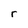
Character: r